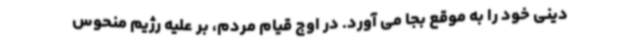
دینی خود را به موقع بجا می آورد. در اوج قیام مردم، بر علیه رژیم منحوس